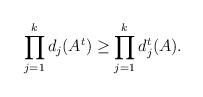
LaTeX: \begin{align*} \prod_{j=1}^{k} d_j (A^t) \ge \prod_{j=1}^{k} d_j^t (A). \end{align*}